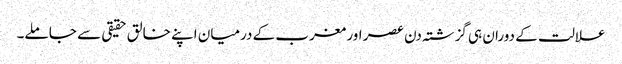
علالت کے دوران ہی گزشتہ دن عصر اور مغرب کے درمیان اپنے خالق حقیقی سے جا ملے۔